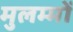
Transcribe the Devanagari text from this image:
मुलम्मों